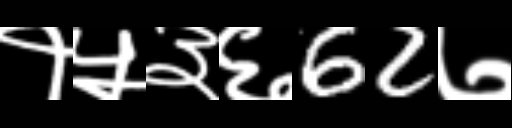
Text: १५३६62७